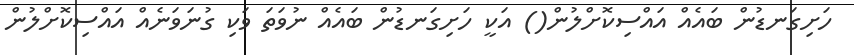
ހަށިގަނޑުން ބައެއް އައްސިކޮށްލުން() އަކީ ހަށިގަނޑުން ބައެއް ނުވަތަ ވަކި ގުނަވަނެއް އައްސިކޮށްލުން